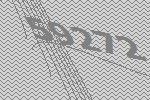
59272